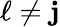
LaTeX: \ell\neq\mathbf{j}